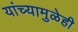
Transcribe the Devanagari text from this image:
यांच्यामुळेही